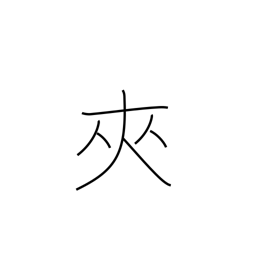
Meaning: insert between